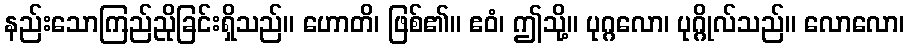
နည်းသောကြည်ညိုခြင်းရှိသည်။ ဟောတိ၊ ဖြစ်၏။ ဧဝံ၊ ဤသို့။ ပုဂ္ဂလော၊ ပုဂ္ဂိုလ်သည်။ လောလော၊